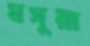
মসুয়া